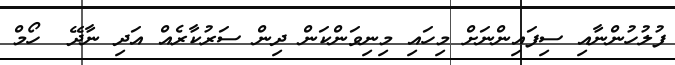
ފުލުހުންނާއި ސިފައިންނަށް މިހައި މިނިވަންކަން ދިން ސަރުކާރެއް އަދި ނާދޭ  ހޯމް